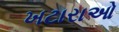
ખટારાઓ